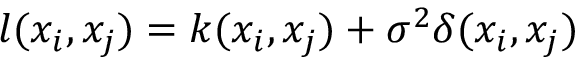
l ( x _ { i } , x _ { j } ) = k ( x _ { i } , x _ { j } ) + \sigma ^ { 2 } \delta ( x _ { i } , x _ { j } )